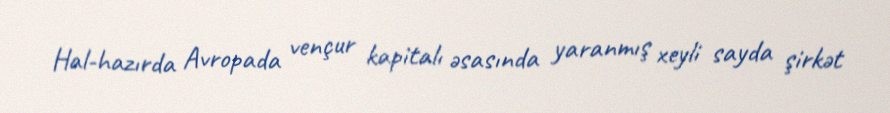
Hal-hazırda Avropada vençur kapitalı əsasında yaranmış xeyli sayda şirkət